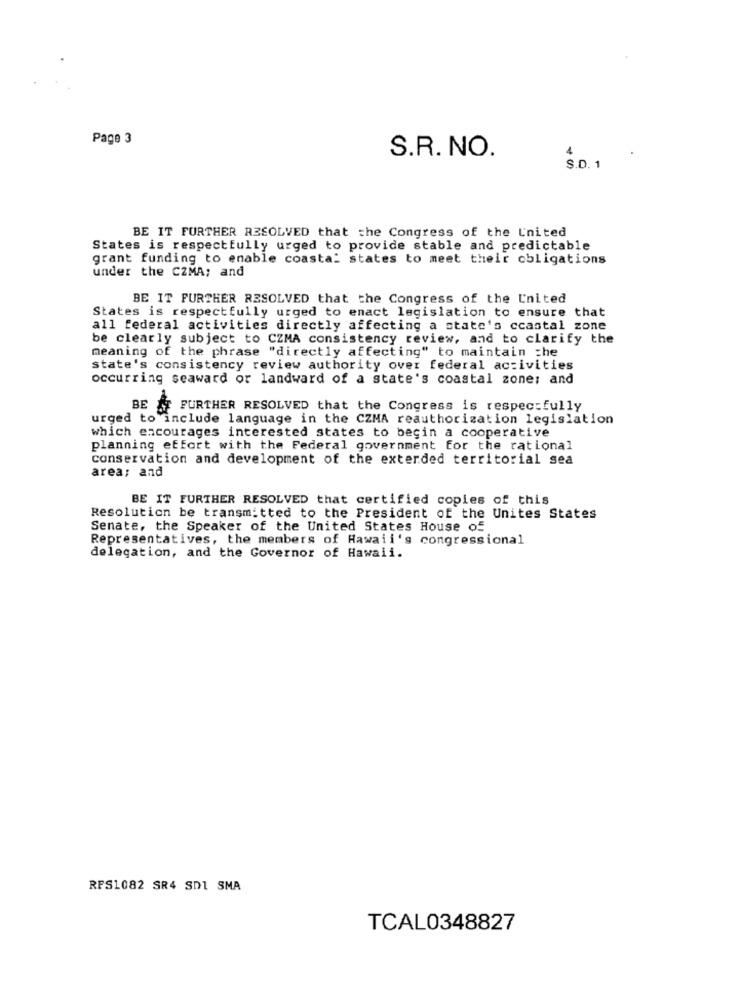
Page 3
S.R. NO.
4
S.D. 1
BE IT FURTHER RESOLVED that the Congress of the United
States is respectfully urged to provide stable and predictable
grant funding to enable coastal states to meet their obligations
under the CZMA; and
BE IT FURTHER RESOLVED that the Congress of the United
States is respectfully urged to enact legislation to ensure that
all federal activities directly affecting a state's ccastal zone
be clearly subject to CZMA consistency review, and to clarify the
meaning of the phrase "directly affecting" to maintain che
state's consistency review authority over federal activities
occurring seaward or landward of a state's coastal zone; and
BE & FURTHER RESOLVED that the Congress is respectfully
urged to include language in the CZMA reauthorization legislation
which encourages interested states to begin a cooperative
planning effort with the Federal government for the rational
conservation and development of the exterded territorial sea
area; and
BE IT FURTHER RESOLVED that certified copies of this
Resolution be transmitted to the President of the Unites States
Senate, the Speaker of the United States House of
Representatives, the members of Hawaii's congressional
delegation, and the Governor of Hawaii.
RPS1082 SR4 SD1 SMA
TCAL0348827